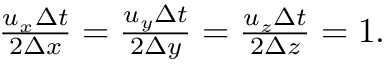
\begin{array} { r } { \frac { u _ { x } \Delta t } { 2 \Delta x } = \frac { u _ { y } \Delta t } { 2 \Delta y } = \frac { u _ { z } \Delta t } { 2 \Delta z } = 1 . } \end{array}